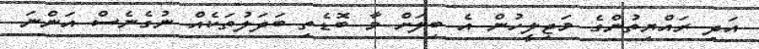
އަދި ރައްޔިތުންގެ މަޖިލީހުން އެ ބިލަށް މާ ބޮޑެތި ބަދަލުތަކެއް ނުގެނެސް އަންނަ